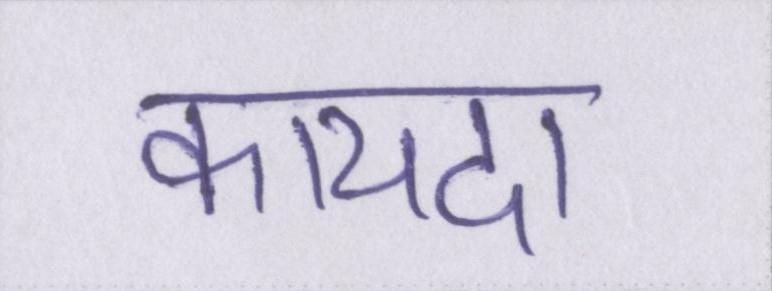
कायदा